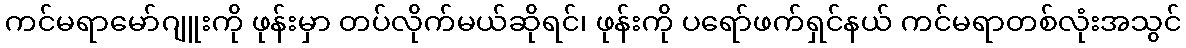
ကင်မရာမော်ဂျူးကို ဖုန်းမှာ တပ်လိုက်မယ်ဆိုရင်၊ ဖုန်းကို ပရော်ဖက်ရှင်နယ် ကင်မရာတစ်လုံးအသွင်